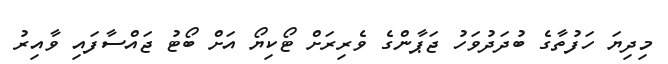
މިދިޔަ ހަފުތާގެ ބުދަދުވަހު ޖަޕާންގެ ވެރިރަށް ޓޯކިޔޯ އަށް ބޯޓު ޖައްސާފައި ވާއިރު